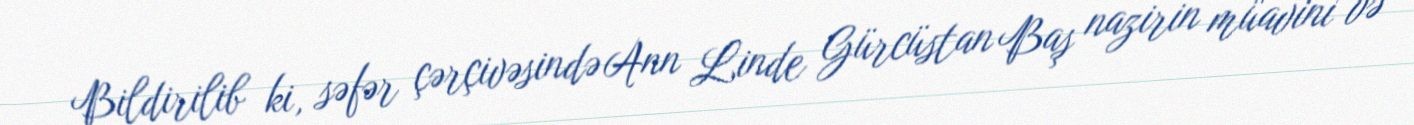
Bildirilib ki, səfər çərçivəsində Ann Linde Gürcüstan Baş nazirin müavini və